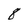
Character: 8